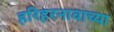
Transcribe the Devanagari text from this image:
हरिहरनावाच्या